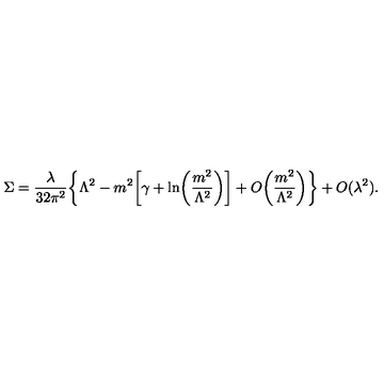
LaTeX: \Sigma = \frac { \lambda } { 3 2 \pi ^ { 2 } } \biggl \{ \Lambda ^ { 2 } - m ^ { 2 } \biggl [ \gamma + \ln \biggl ( \frac { m ^ { 2 } } { \Lambda ^ { 2 } } \biggr ) \biggr ] + O \biggl ( \frac { m ^ { 2 } } { \Lambda ^ { 2 } } \biggr ) \biggr \} + O ( \lambda ^ { 2 } ) .